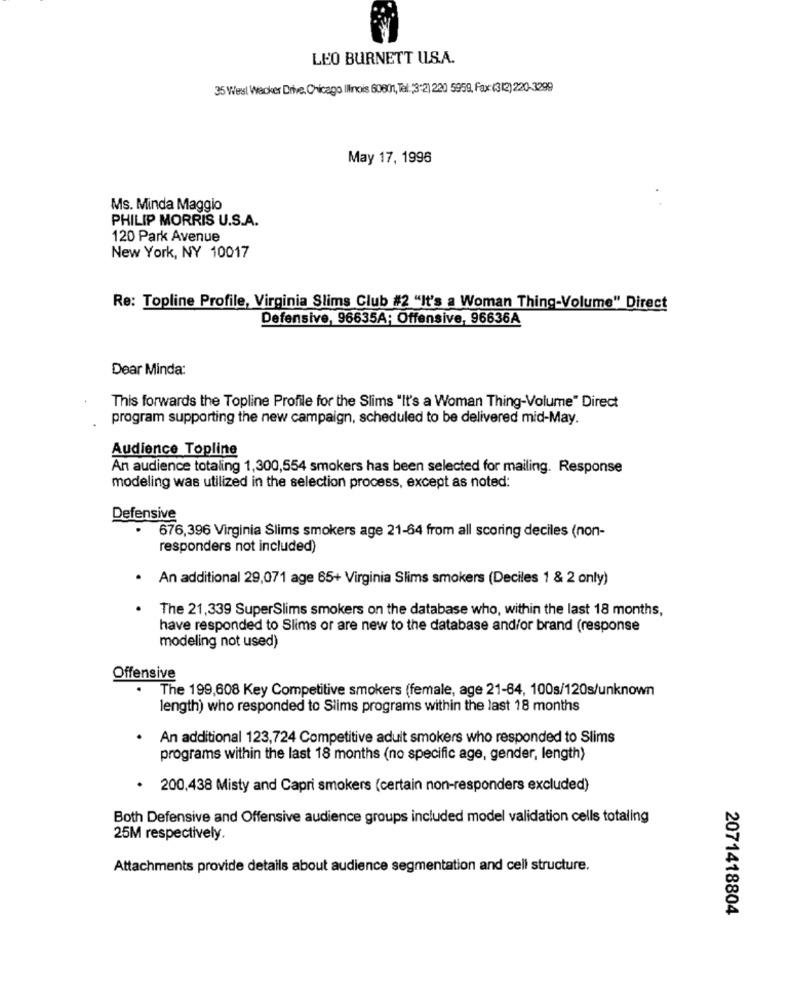
LEO BURNETT U.S.A.
35 West Wacker Drive. Chicago Illinois 80801, Tel: 3:2) 220 5959, Fax:(312) 220-3299
May 17, 1996
Ms. Minda Maggio
PHILIP MORRIS U.S.A.
120 Park Avenue
New York, NY 10017
Re: Topline Profile, Virginia Slims Club #2 "It's a Woman Thing-Volume" Direct
Defensive, 96635A; Offensive, 96636A
Dear Minda:
This forwards the Topline Profile for the Slims "It's a Woman Thing-Volume" Direct
program supporting the new campaign, scheduled to be delivered mid-May.
Audience Topline
An audience totaling 1,300,554 smokers has been selected for mailing. Response
modeling was utilized in the selection process, except as noted:
Defensive
676,396 Virginia Slims smokers age 21-64 from all scoring deciles (non-
responders not included)
· An additional 29,071 age 65+ Virginia Slims smokers (Deciles 1 & 2 only)
The 21,339 SuperSlims smokers on the database who, within the last 18 months,
have responded to Slims or are new to the database and/or brand (response
modeling not used)
Offensive
The 199,608 Key Competitive smokers (female, age 21-84, 100s/120s/unknown
length) who responded to Slims programs within the last 18 months
· An additional 123,724 Competitive adult smokers who responded to Slims
programs within the last 18 months (no specific age, gender, length)
· 200,438 Misty and Capri smokers (certain non-responders excluded)
Both Defensive and Offensive audience groups included model validation cells totaling
25M respectively.
Attachments provide details about audience segmentation and cell structure.
2071418804